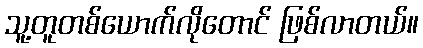
သူ့တူတစ်ယောက်လိုတောင် ဖြစ်လာတယ်။